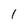
Character: 1